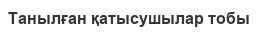
Танылған қатысушылар тобы